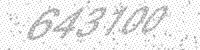
Solution: 643100